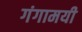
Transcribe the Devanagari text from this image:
गंगामयी